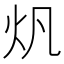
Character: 𤆘